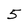
Character: 5